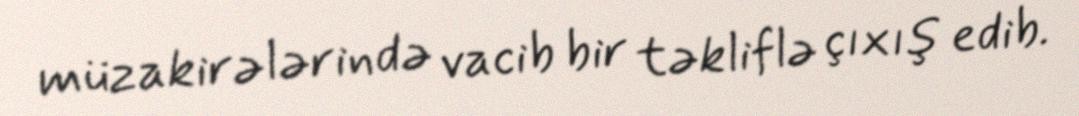
müzakirələrində vacib bir təkliflə çıxış edib.